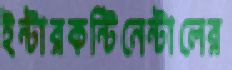
ইন্টারকন্টিনেন্টালের